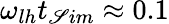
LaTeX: \omega_{lh}t_{\mathscr{S}im}\approx0.1